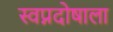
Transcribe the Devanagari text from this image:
स्वप्नदोषाला